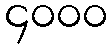
၄၀၀၀